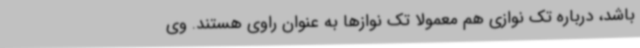
باشد، درباره تک نوازی هم معمولاً تک نوازها به عنوان راوی هستند. وی